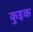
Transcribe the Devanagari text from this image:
कुइक